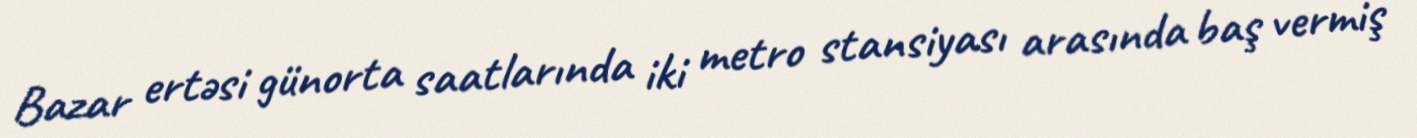
Bazar ertəsi günorta saatlarında iki metro stansiyası arasında baş vermiş